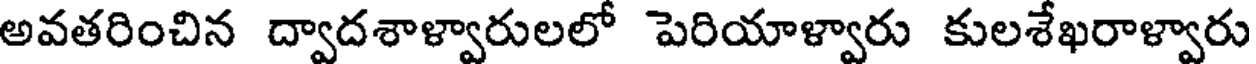
అవతరించిన ద్వాదశాళ్వారులలో పెరియాళ్వారు కులశేఖరాళ్వారు